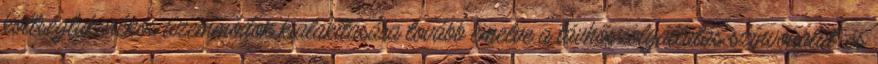
költségtakarékos üzemmódok kialakítására tovább emelve a távhőszolgáltatás színvonalat, és